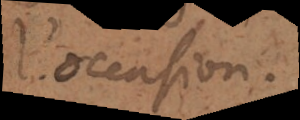
occasion.